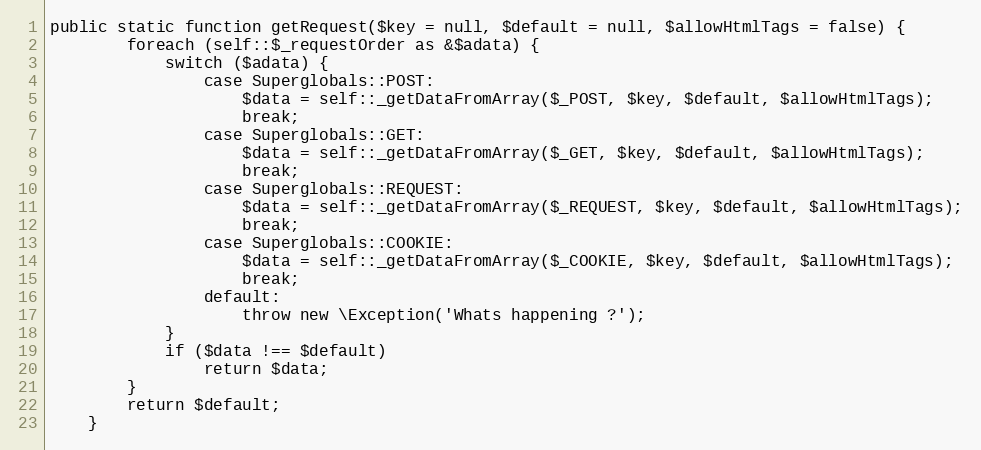
Language: PHP
public static function getRequest($key = null, $default = null, $allowHtmlTags = false) {
        foreach (self::$_requestOrder as &$adata) {
            switch ($adata) {
                case Superglobals::POST:
                    $data = self::_getDataFromArray($_POST, $key, $default, $allowHtmlTags);
                    break;
                case Superglobals::GET:
                    $data = self::_getDataFromArray($_GET, $key, $default, $allowHtmlTags);
                    break;
                case Superglobals::REQUEST:
                    $data = self::_getDataFromArray($_REQUEST, $key, $default, $allowHtmlTags);
                    break;
                case Superglobals::COOKIE:
                    $data = self::_getDataFromArray($_COOKIE, $key, $default, $allowHtmlTags);
                    break;
                default:
                    throw new \Exception('Whats happening ?');
            }
            if ($data !== $default)
                return $data;
        }
        return $default;
    }